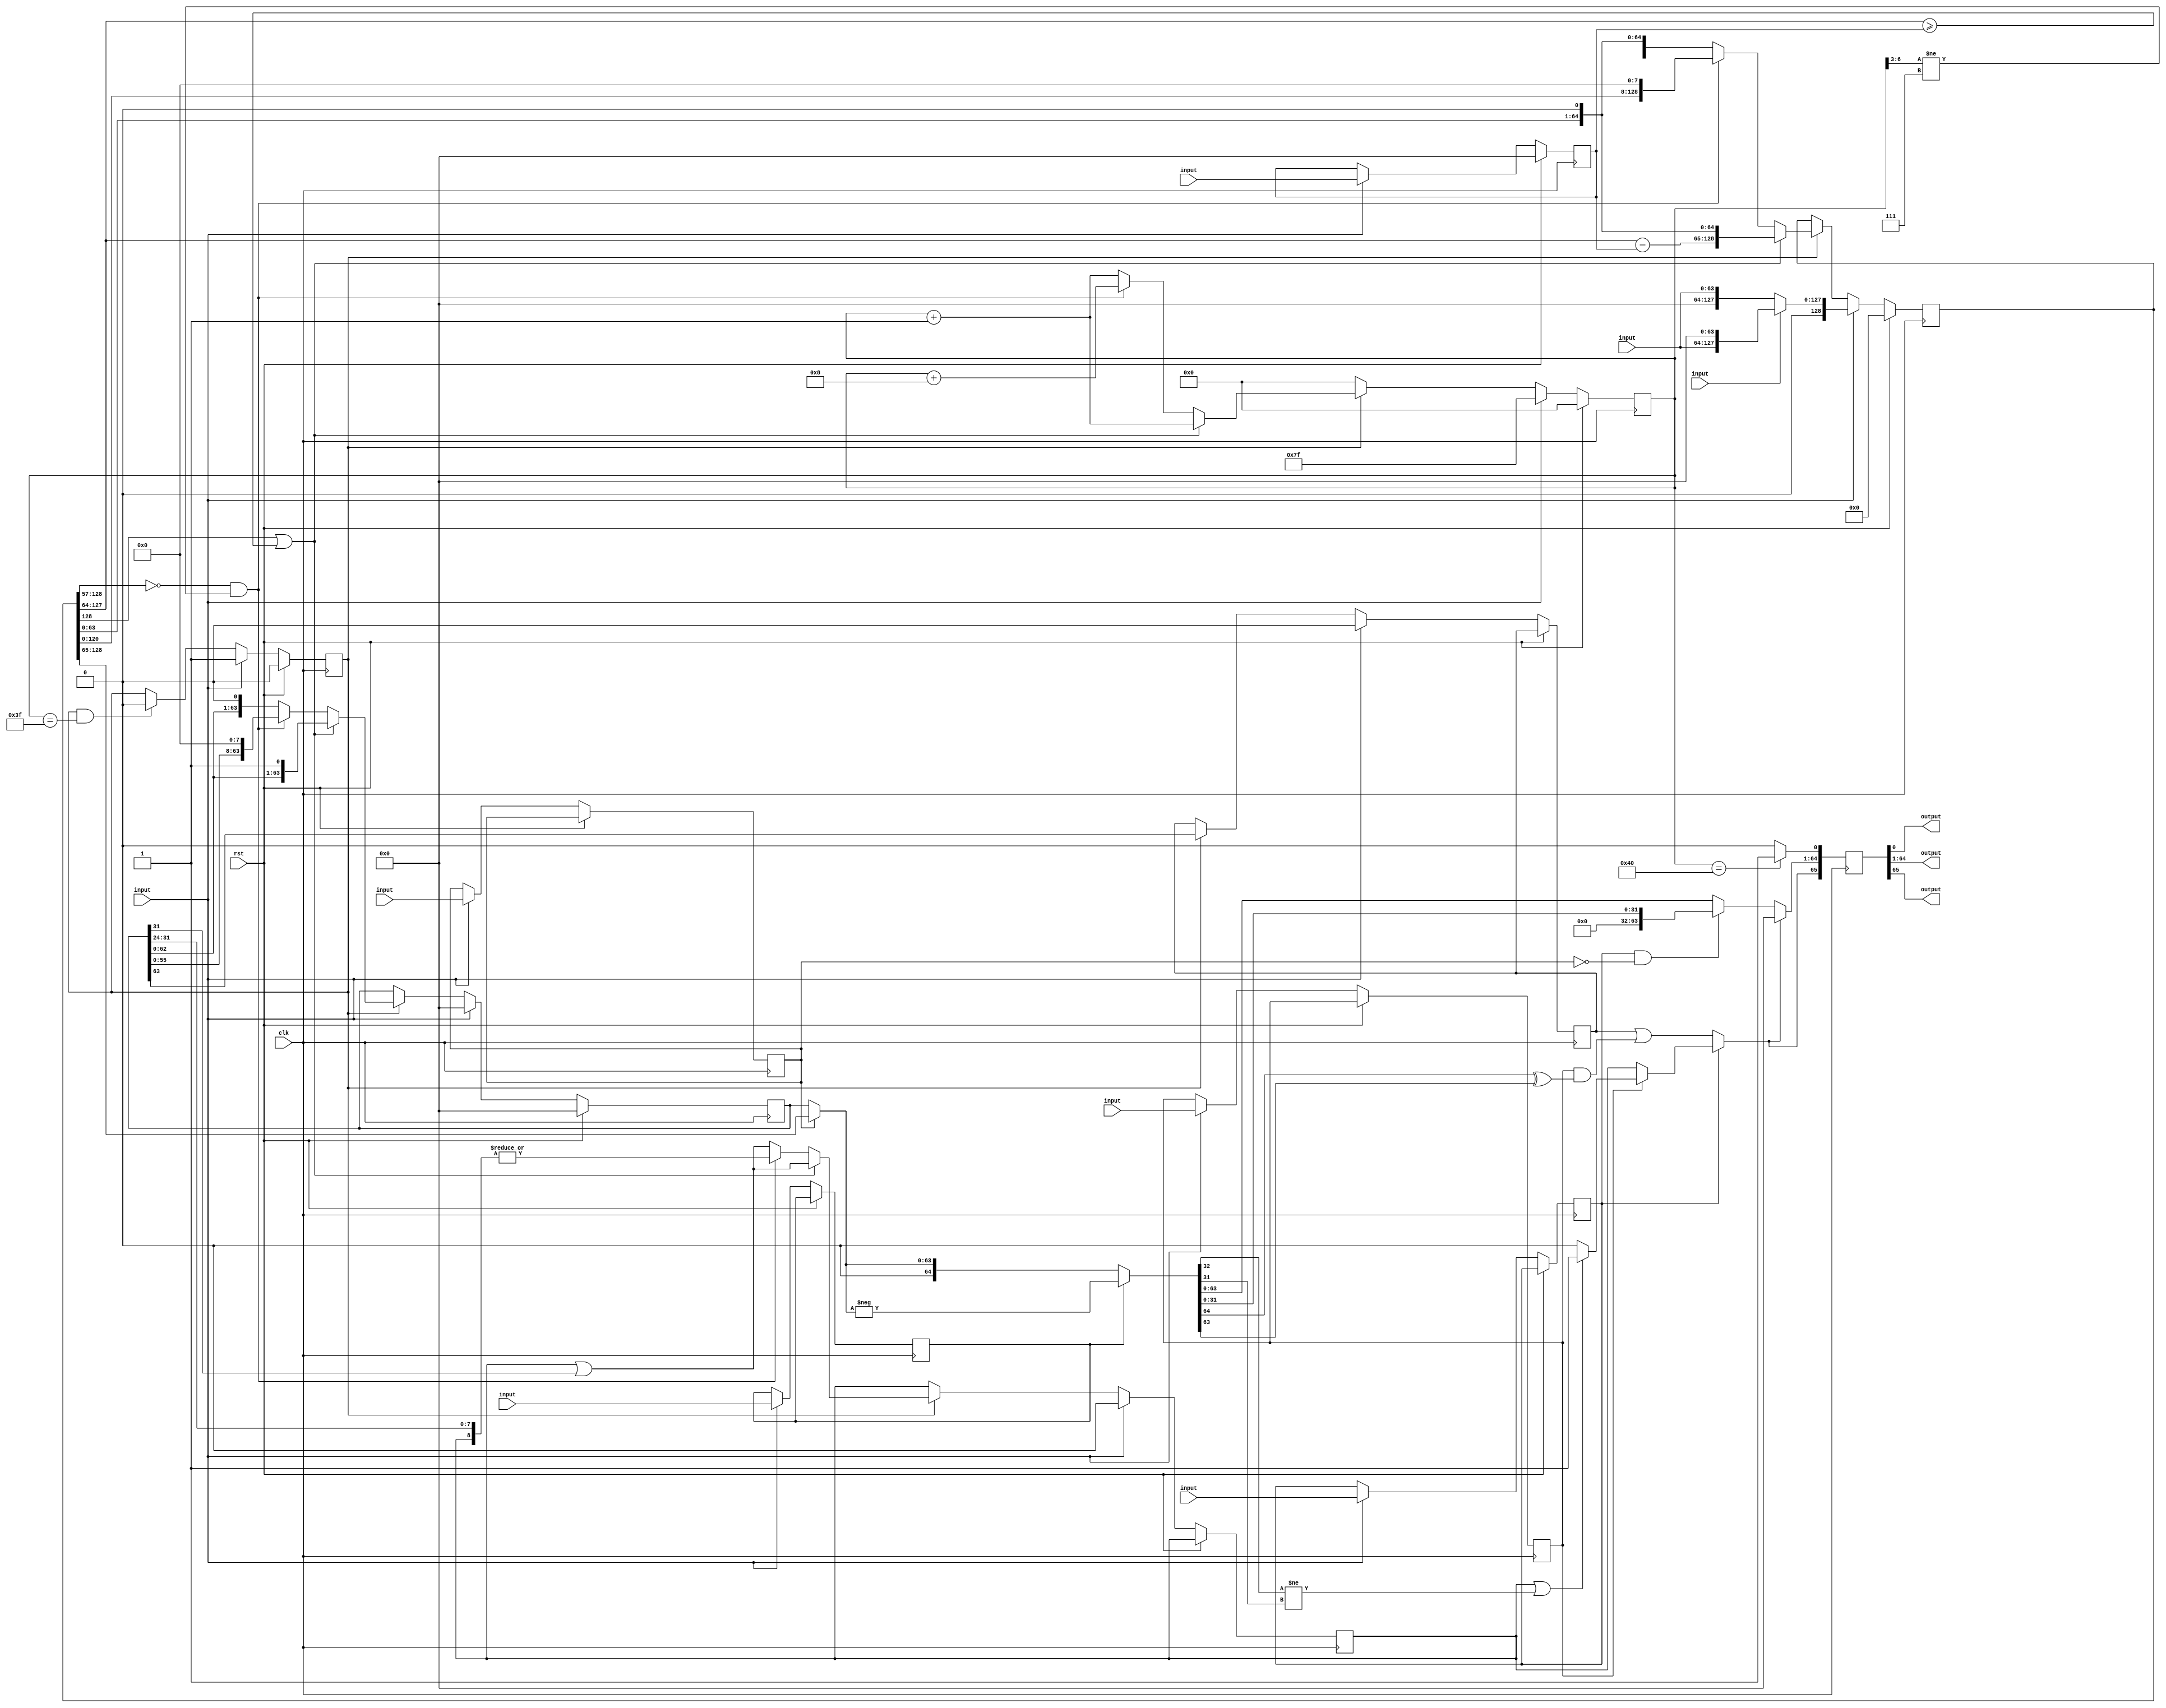
module divider(clk, rst, \d_in.valid , \d_in.dividend , \d_in.divisor , \d_in.is_signed , \d_in.is_32bit , \d_in.is_extended , \d_in.is_modulus , \d_in.neg_result , \d_out.valid , \d_out.write_reg_data , \d_out.overflow );
  wire [128:0] _00_;
  wire _01_;
  wire _02_;
  wire _03_;
  wire _04_;
  wire _05_;
  wire [63:0] _06_;
  wire [6:0] _07_;
  wire _08_;
  wire _09_;
  wire _10_;
  wire _11_;
  wire [6:0] _12_;
  wire _13_;
  wire [6:0] _14_;
  wire [128:0] _15_;
  wire [63:0] _16_;
  wire [6:0] _17_;
  wire _18_;
  wire [128:0] _19_;
  wire [63:0] _20_;
  wire [6:0] _21_;
  wire _22_;
  wire [128:0] _23_;
  wire [63:0] _24_;
  wire _25_;
  wire [6:0] _26_;
  wire _27_;
  wire _28_;
  wire [128:0] _29_;
  wire [63:0] _30_;
  wire [63:0] _31_;
  wire _32_;
  wire [6:0] _33_;
  wire _34_;
  wire _35_;
  wire _36_;
  wire _37_;
  wire _38_;
  wire _39_;
  wire [128:0] _40_;
  wire [63:0] _41_;
  wire [63:0] _42_;
  wire _43_;
  wire [6:0] _44_;
  wire _45_;
  wire _46_;
  wire _47_;
  wire _48_;
  wire _49_;
  wire _50_;
  reg [128:0] _51_;
  reg [63:0] _52_;
  reg [63:0] _53_;
  reg _54_;
  reg [6:0] _55_;
  reg _56_;
  reg _57_;
  reg _58_;
  reg _59_;
  reg _60_;
  reg _61_;
  wire [63:0] _62_;
  wire [64:0] _63_;
  wire [64:0] _64_;
  wire _65_;
  wire _66_;
  wire _67_;
  wire _68_;
  wire _69_;
  wire _70_;
  wire _71_;
  wire _72_;
  wire _73_;
  wire _74_;
  wire _75_;
  wire [63:0] _76_;
  wire [63:0] _77_;
  wire _78_;
  wire _79_;
  reg [65:0] _80_;
  input clk;
  wire clk;
  wire [6:0] count;
  input [63:0] \d_in.dividend ;
  wire [63:0] \d_in.dividend ;
  input [63:0] \d_in.divisor ;
  wire [63:0] \d_in.divisor ;
  input \d_in.is_32bit ;
  wire \d_in.is_32bit ;
  input \d_in.is_extended ;
  wire \d_in.is_extended ;
  input \d_in.is_modulus ;
  wire \d_in.is_modulus ;
  input \d_in.is_signed ;
  wire \d_in.is_signed ;
  input \d_in.neg_result ;
  wire \d_in.neg_result ;
  input \d_in.valid ;
  wire \d_in.valid ;
  output \d_out.overflow ;
  wire \d_out.overflow ;
  output \d_out.valid ;
  wire \d_out.valid ;
  output [63:0] \d_out.write_reg_data ;
  wire [63:0] \d_out.write_reg_data ;
  wire [128:0] dend;
  wire did_ovf;
  wire [63:0] div;
  wire is_32bit;
  wire is_modulus;
  wire is_signed;
  wire neg_result;
  wire [63:0] oresult;
  wire overflow;
  wire ovf32;
  wire [63:0] quot;
  wire [63:0] result;
  input rst;
  wire rst;
  wire running;
  wire [64:0] sresult;
  assign _00_ = \d_in.is_extended  ? { 1'h0, \d_in.dividend , 64'h0000000000000000 } : { 65'h00000000000000000, \d_in.dividend  };
  assign _01_ = count == 7'h3f;
  assign _02_ = _25_ ? 1'h0 : running;
  assign _03_ = dend[127:64] >= div;
  assign _04_ = dend[128] | _03_;
  assign _05_ = ovf32 | quot[31];
  assign _06_ = dend[127:64] - div;
  assign _07_ = count + 7'h01;
  assign _08_ = dend[128:57] == 72'h000000000000000000;
  assign _09_ = count[6:3] != 4'h7;
  assign _10_ = _08_ & _09_;
  assign _11_ = | { ovf32, quot[31:24] };
  assign _12_ = count + 7'h08;
  assign _13_ = ovf32 | quot[31];
  assign _14_ = count + 7'h01;
  assign _15_ = _10_ ? { dend[120:0], 8'h00 } : { dend[127:0], 1'h0 };
  assign _16_ = _10_ ? { quot[55:0], 8'h00 } : { quot[62:0], 1'h0 };
  assign _17_ = _10_ ? _12_ : _14_;
  assign _18_ = _10_ ? _11_ : _13_;
  assign _19_ = _04_ ? { _06_, dend[63:0], 1'h0 } : _15_;
  assign _20_ = _04_ ? { quot[62:0], 1'h1 } : _16_;
  assign _21_ = _04_ ? _07_ : _17_;
  assign _22_ = _04_ ? _05_ : _18_;
  assign _23_ = running ? _19_ : dend;
  assign _24_ = running ? _20_ : quot;
  assign _25_ = running & _01_;
  assign _26_ = running ? _21_ : 7'h00;
  assign _27_ = running ? quot[63] : overflow;
  assign _28_ = running ? _22_ : ovf32;
  assign _29_ = \d_in.valid  ? _00_ : _23_;
  assign _30_ = \d_in.valid  ? \d_in.divisor  : div;
  assign _31_ = \d_in.valid  ? 64'h0000000000000000 : _24_;
  assign _32_ = \d_in.valid  ? 1'h1 : _02_;
  assign _33_ = \d_in.valid  ? 7'h7f : _26_;
  assign _34_ = \d_in.valid  ? \d_in.neg_result  : neg_result;
  assign _35_ = \d_in.valid  ? \d_in.is_modulus  : is_modulus;
  assign _36_ = \d_in.valid  ? \d_in.is_32bit  : is_32bit;
  assign _37_ = \d_in.valid  ? \d_in.is_signed  : is_signed;
  assign _38_ = \d_in.valid  ? 1'h0 : _27_;
  assign _39_ = \d_in.valid  ? 1'h0 : _28_;
  assign _40_ = rst ? 129'h000000000000000000000000000000000 : _29_;
  assign _41_ = rst ? 64'h0000000000000000 : _30_;
  assign _42_ = rst ? 64'h0000000000000000 : _31_;
  assign _43_ = rst ? 1'h0 : _32_;
  assign _44_ = rst ? 7'h00 : _33_;
  assign _45_ = rst ? neg_result : _34_;
  assign _46_ = rst ? is_modulus : _35_;
  assign _47_ = rst ? is_32bit : _36_;
  assign _48_ = rst ? is_signed : _37_;
  assign _49_ = rst ? overflow : _38_;
  assign _50_ = rst ? ovf32 : _39_;
  always @(posedge clk)
    _51_ <= _40_;
  always @(posedge clk)
    _52_ <= _41_;
  always @(posedge clk)
    _53_ <= _42_;
  always @(posedge clk)
    _54_ <= _43_;
  always @(posedge clk)
    _55_ <= _44_;
  always @(posedge clk)
    _56_ <= _45_;
  always @(posedge clk)
    _57_ <= _46_;
  always @(posedge clk)
    _58_ <= _47_;
  always @(posedge clk)
    _59_ <= _48_;
  always @(posedge clk)
    _60_ <= _49_;
  always @(posedge clk)
    _61_ <= _50_;
  assign _62_ = is_modulus ? dend[128:65] : quot;
  assign _63_ = - $signed({ 1'h0, result });
  assign _64_ = neg_result ? _63_ : { 1'h0, result };
  assign _65_ = ~ is_32bit;
  assign _66_ = sresult[64] ^ sresult[63];
  assign _67_ = is_signed & _66_;
  assign _68_ = overflow | _67_;
  assign _69_ = sresult[32] != sresult[31];
  assign _70_ = ovf32 | _69_;
  assign _71_ = _70_ ? 1'h1 : 1'h0;
  assign _72_ = is_signed ? _71_ : ovf32;
  assign _73_ = _65_ ? _68_ : _72_;
  assign _74_ = ~ is_modulus;
  assign _75_ = is_32bit & _74_;
  assign _76_ = _75_ ? { 32'h00000000, sresult[31:0] } : sresult[63:0];
  assign _77_ = did_ovf ? 64'h0000000000000000 : _76_;
  assign _78_ = count == 7'h40;
  assign _79_ = _78_ ? 1'h1 : 1'h0;
  always @(posedge clk)
    _80_ <= { did_ovf, oresult, _79_ };
  assign dend = _51_;
  assign div = _52_;
  assign quot = _53_;
  assign result = _62_;
  assign sresult = _64_;
  assign oresult = _77_;
  assign running = _54_;
  assign count = _55_;
  assign neg_result = _56_;
  assign is_modulus = _57_;
  assign is_32bit = _58_;
  assign is_signed = _59_;
  assign overflow = _60_;
  assign ovf32 = _61_;
  assign did_ovf = _73_;
  assign \d_out.valid  = _80_[0];
  assign \d_out.write_reg_data  = _80_[64:1];
  assign \d_out.overflow  = _80_[65];
endmodule